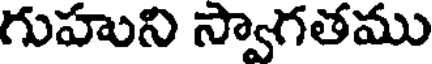
గుహుని స్వాగతము